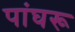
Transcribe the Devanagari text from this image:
पांघरू